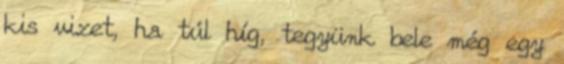
kis vizet, ha túl híg, tegyünk bele még egy